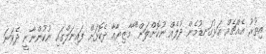
އިތުރު އެއްޗެއް އަޅުގަނޑުމެން ދުލެއް ނުކޮށްލަން" ާމާޒިޔާއާ ދެކޮޅަށް ފައިނަލްގައި ނުކުންނާނީ ދެވަނަ